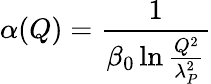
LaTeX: \alpha(Q)={\frac{1}{\beta_{0}\ln{\frac{Q^{2}}{\lambda_{P}^{2}}}}}